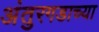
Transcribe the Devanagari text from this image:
अंतुरगडाच्या